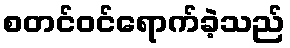
စတင်ဝင်ရောက်ခဲ့သည်